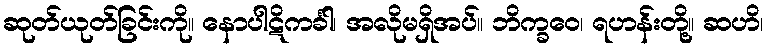
ဆုတ်ယုတ်ခြင်းကို။ နောပါဋိကင်္ခါ၊ အလိုမရှိအပ်။ ဘိက္ခဝေ၊ ရဟန်းတို့။ ဆဟိ၊